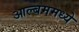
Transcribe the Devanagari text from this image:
आल्बममध्ये